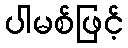
ပါမစ်ဖြင့်